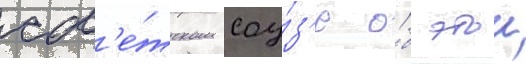
сов'е́тском соу́з'е о́б этои